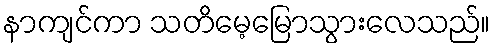
နာကျင်ကာ သတိမေ့မြောသွားလေသည်။